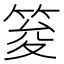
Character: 𥭟